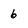
Character: 6